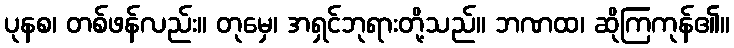
ပုနစ၊ တစ်ဖန်လည်း။ တုမှေ၊ အရှင်ဘုရားတို့သည်။ ဘဏထ၊ ဆိုကြကုန်၏။